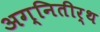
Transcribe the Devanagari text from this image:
अग्‍नितीर्थ